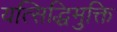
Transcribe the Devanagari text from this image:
यत्सिद्धिमुक्ति